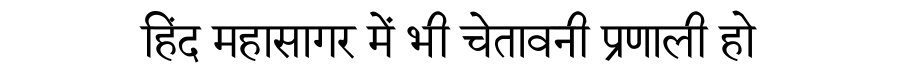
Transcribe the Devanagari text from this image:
हिंद महासागर में भी चेतावनी प्रणाली हो